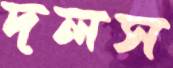
দলস